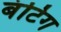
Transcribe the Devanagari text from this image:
बंटिग